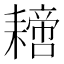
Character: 𦔝